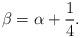
LaTeX: \begin{align*} \beta=\alpha+\frac{1}{4}.\end{align*}